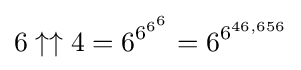
6\uparrow \uparrow 4=6^{6^{6^{6}}}=6^{6^{46,656}}